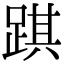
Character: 踑